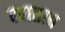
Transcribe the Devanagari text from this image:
खाताब